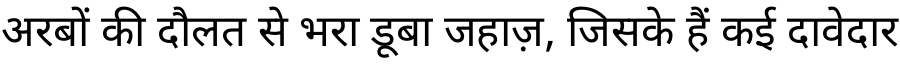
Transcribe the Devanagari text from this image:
अरबों की दौलत से भरा डूबा जहाज़, जिसके हैं कई दावेदार